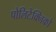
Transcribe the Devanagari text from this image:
पोलिटेक्निको